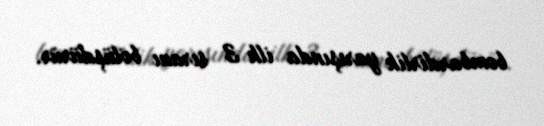
bombardirlik yarışında ilk 3 sıranı bölüşdürür.